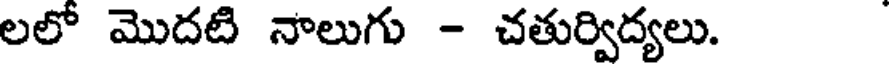
లలో మొదటి నాలుగు - చతుర్విద్యలు.